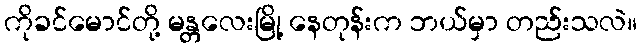
ကိုခင်မောင်တို့ မန္တလေးမြို့ နေတုန်းက ဘယ်မှာ တည်းသလဲ။